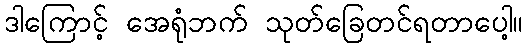
ဒါကြောင့် အေရုံဘက် သုတ်ခြေတင်ရတာပေါ့။